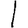
Digit: 1